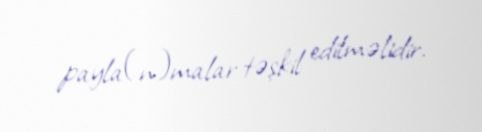
payla(n)malar təşkil edilməlidir.